Lunatic asylums in Bengal annual reports 1899-1911 - 1899-1911
Year: 1899
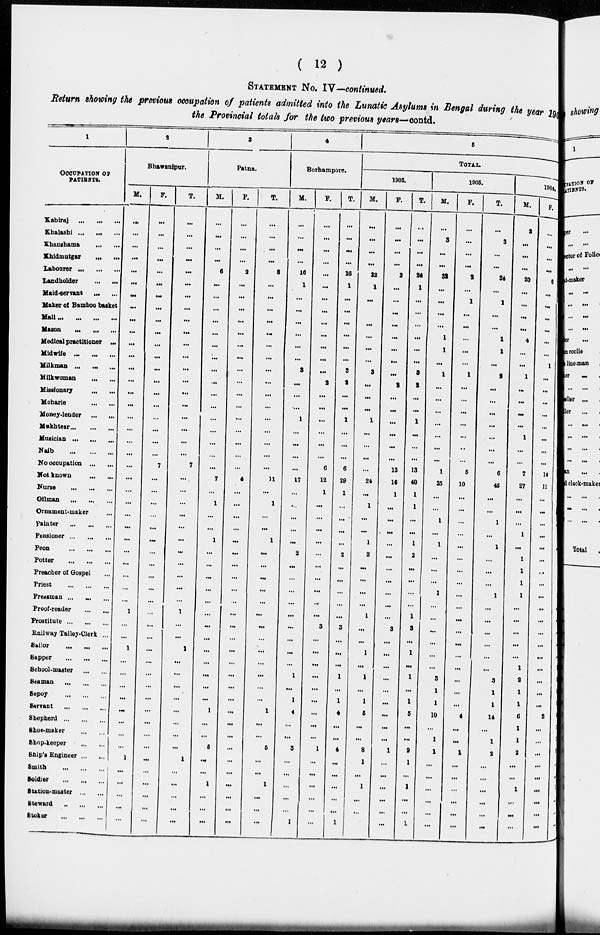
( 12 )
STATEMENT No. IV—continued.
Return showing the previous occupation of patients admitted into the Lunatic Asylums in Bengal during the year 19
the Provincial totals for the two previous years—contd.
1
OCCUPATION OF
PATIENTS.
Kabiraj
...
...
...
Khalashi ...
...
...
Khanshama
...
...
Khidmutgar
...
...
Labourer ...
...
...
Landholder
...
...
Maid-servant ... ...
Maker of Bamboo basket
Mali
...
...
...
...
Mason
...
... ...
Medical practitioner ...
Midwife
...
...
...
Milkman ...
...
...
Milk woman ... ...
Missionary
...
...
Moharie
...
...
Money-lender ... ...
Mukhtear
...
...
...
Musician
...
...
...
Naib
...
...
...
No occupation
...
...
Not known
...
...
Nurse
...
...
...
Oilman
...
...
...
Ornament-maker ...
Painter
...
...
...
Pensioner
...
...
...
Peon
...
...
...
Potter
...
...
...
Preacher of Gospel ...
Priest
...
...
...
Pressman ... ... ...
Proof-reader
...
...
Prostitute
...
...
...
Railway Talley-Clerk ...
Sailor
...
...
...
Sapper
...
...
...
School-master
...
...
Seaman
...
...
...
Sepoy
...
...
...
Servant
...
...
...
Shepherd
...
...
...
Shoe-maker
...
...
Shop-keeper
...
...
Ship's Engineer ... ...
Smith
...
...
...
Soldier
...
...
...
Station-master
...
...
Steward
...
...
...
Stoker
...
...
...
2
Bhawanipur.
M.
...
...
...
...
...
...
...
...
...
...
...
...
...
...
...
...
...
...
...
...
...
...
...
...
...
...
...
...
...
...
...
...
1
...
...
1
...
...
...
...
...
...
...
...
1
...
...
...
...
...
F.
...
...
...
...
...
...
...
...
...
...
...
...
...
...
...
...
...
...
...
...
7
...
...
...
...
...
...
...
...
...
...
...
...
...
...
...
...
...
...
...
...
...
...
...
...
...
...
...
...
...
T.
...
...
...
...
...
...
...
...
...
...
...
...
...
...
...
...
...
...
...
...
7
...
...
...
...
...
...
...
...
...
...
...
1
...
...
1
...
...
...
...
...
...
...
...
1
...
...
...
...
...
3
Patna.
M.
...
...
...
...
6
...
...
...
...
...
...
...
...
...
...
...
...
...
...
...
...
7
...
1
...
...
1
...
...
...
...
...
...
...
...
...
...
...
...
...
1
...
...
5
...
...
1
...
...
...
F.
...
...
...
...
2
...
...
...
...
...
...
...
...
...
...
...
...
...
...
...
...
4
...
...
...
...
...
...
...
...
...
...
...
...
...
...
...
...
...
...
...
...
...
...
...
...
...
...
...
...
T.
...
...
...
...
8
...
...
...
...
...
...
...
...
...
...
...
...
...
...
...
...
11
...
1
...
...
1
...
...
...
...
...
...
...
...
...
...
...
...
...
1
...
...
5
...
...
1
...
...
...
4
Berhampore.
M.
...
...
...
...
16
1
...
...
...
...
...
...
3
...
...
...
1
...
...
...
...
17
...
...
...
...
...
2
...
...
...
...
...
...
...
...
...
1
...
1
4
...
...
3
...
...
...
...
...
1
F .
...
...
...
...
...
...
...
...
...
...
...
...
...
2
...
...
...
...
...
...
6
12
1
...
...
...
...
...
...
...
...
...
...
3
...
...
...
...
...
...
...
...
...
1
...
...
...
...
...
...
T.
...
...
...
...
16
1
...
...
...
...
...
...
3
2
...
...
1
...
...
...
6
29
1
...
...
...
...
2
...
...
...
...
...
3
...
...
...
1
...
1
4
...
...
4
...
...
...
...
...
1
5
TOTAL.
1906.
M.
...
...
...
...
22
1
...
...
...
...
...
...
3
...
...
...
1
...
...
...
...
24
...
1
...
...
1
2
...
...
...
...
1
...
...
1
...
1
...
1
5
...
...
8
1
...
1
...
...
1
F.
...
...
...
...
2
...
...
...
...
...
...
...
...
2
...
...
...
...
...
...
13
16
1
...
...
...
...
...
...
...
...
...
...
3
...
...
...
...
...
...
...
...
...
1
...
...
...
...
...
...
T.
...
...
...
...
24
1
...
...
...
...
...
...
3
2
...
...
1
...
...
...
13
40
1
1
...
...
1
2
...
...
...
...
1
3
...
1
...
1
...
1
5
...
...
9
1
...
1
...
...
1
1905.
M.
...
3
...
...
32
...
...
...
...
1
1
...
1
...
...
...
...
...
...
...
1
35
...
...
1
...
1
...
...
...
1
...
...
...
...
...
...
3
1
1
10
...
1
1
...
...
...
...
...
...
F.
...
...
...
...
2
...
1
...
...
...
...
...
1
...
...
...
...
...
...
...
5
10
...
...
...
...
...
...
...
...
...
...
...
...
...
...
...
...
...
...
4
...
...
1
...
...
...
...
...
...
T.
...
3
...
...
34
...
1
...
...
1
1
...
2
...
...
...
...
...
...
...
6
45
...
...
1
...
1
...
...
...
1
...
...
...
...
...
...
3
1
1
14
...
1
2
...
...
...
...
...
...
1904.
M.
2
...
...
...
20
...
...
...
...
4
...
...
1
...
...
...
...
1
...
...
7
27
...
...
...
1
...
1
1
1
1
...
...
...
...
...
1
2
1
1
6
1
1
2
...
...
1
...
...
...
F.
...
...
...
...
6
...
...
...
...
...
...
1
...
...
...
...
...
...
...
...
14
11
...
...
...
...
...
...
...
...
...
...
...
...
...
...
...
...
...
...
2
...
...
...
...
...
...
...
...
...
T.
2
...
...
...
26
...
...
...
...
4
...
1
1
...
...
...
...
1
...
...
21
38
...
...
...
1
...
1
1
1
1
...
...
...
...
...
1
2
1
1
8
1
1
2
...
...
1
...
...
...